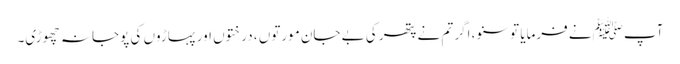
آپ ﷺنے فرمایا تو سنو، اگر تم نے پتھر کی بے جان مورتوں ، درختوں اور پہاڑوں کی پوجا نہ چھوڑی۔